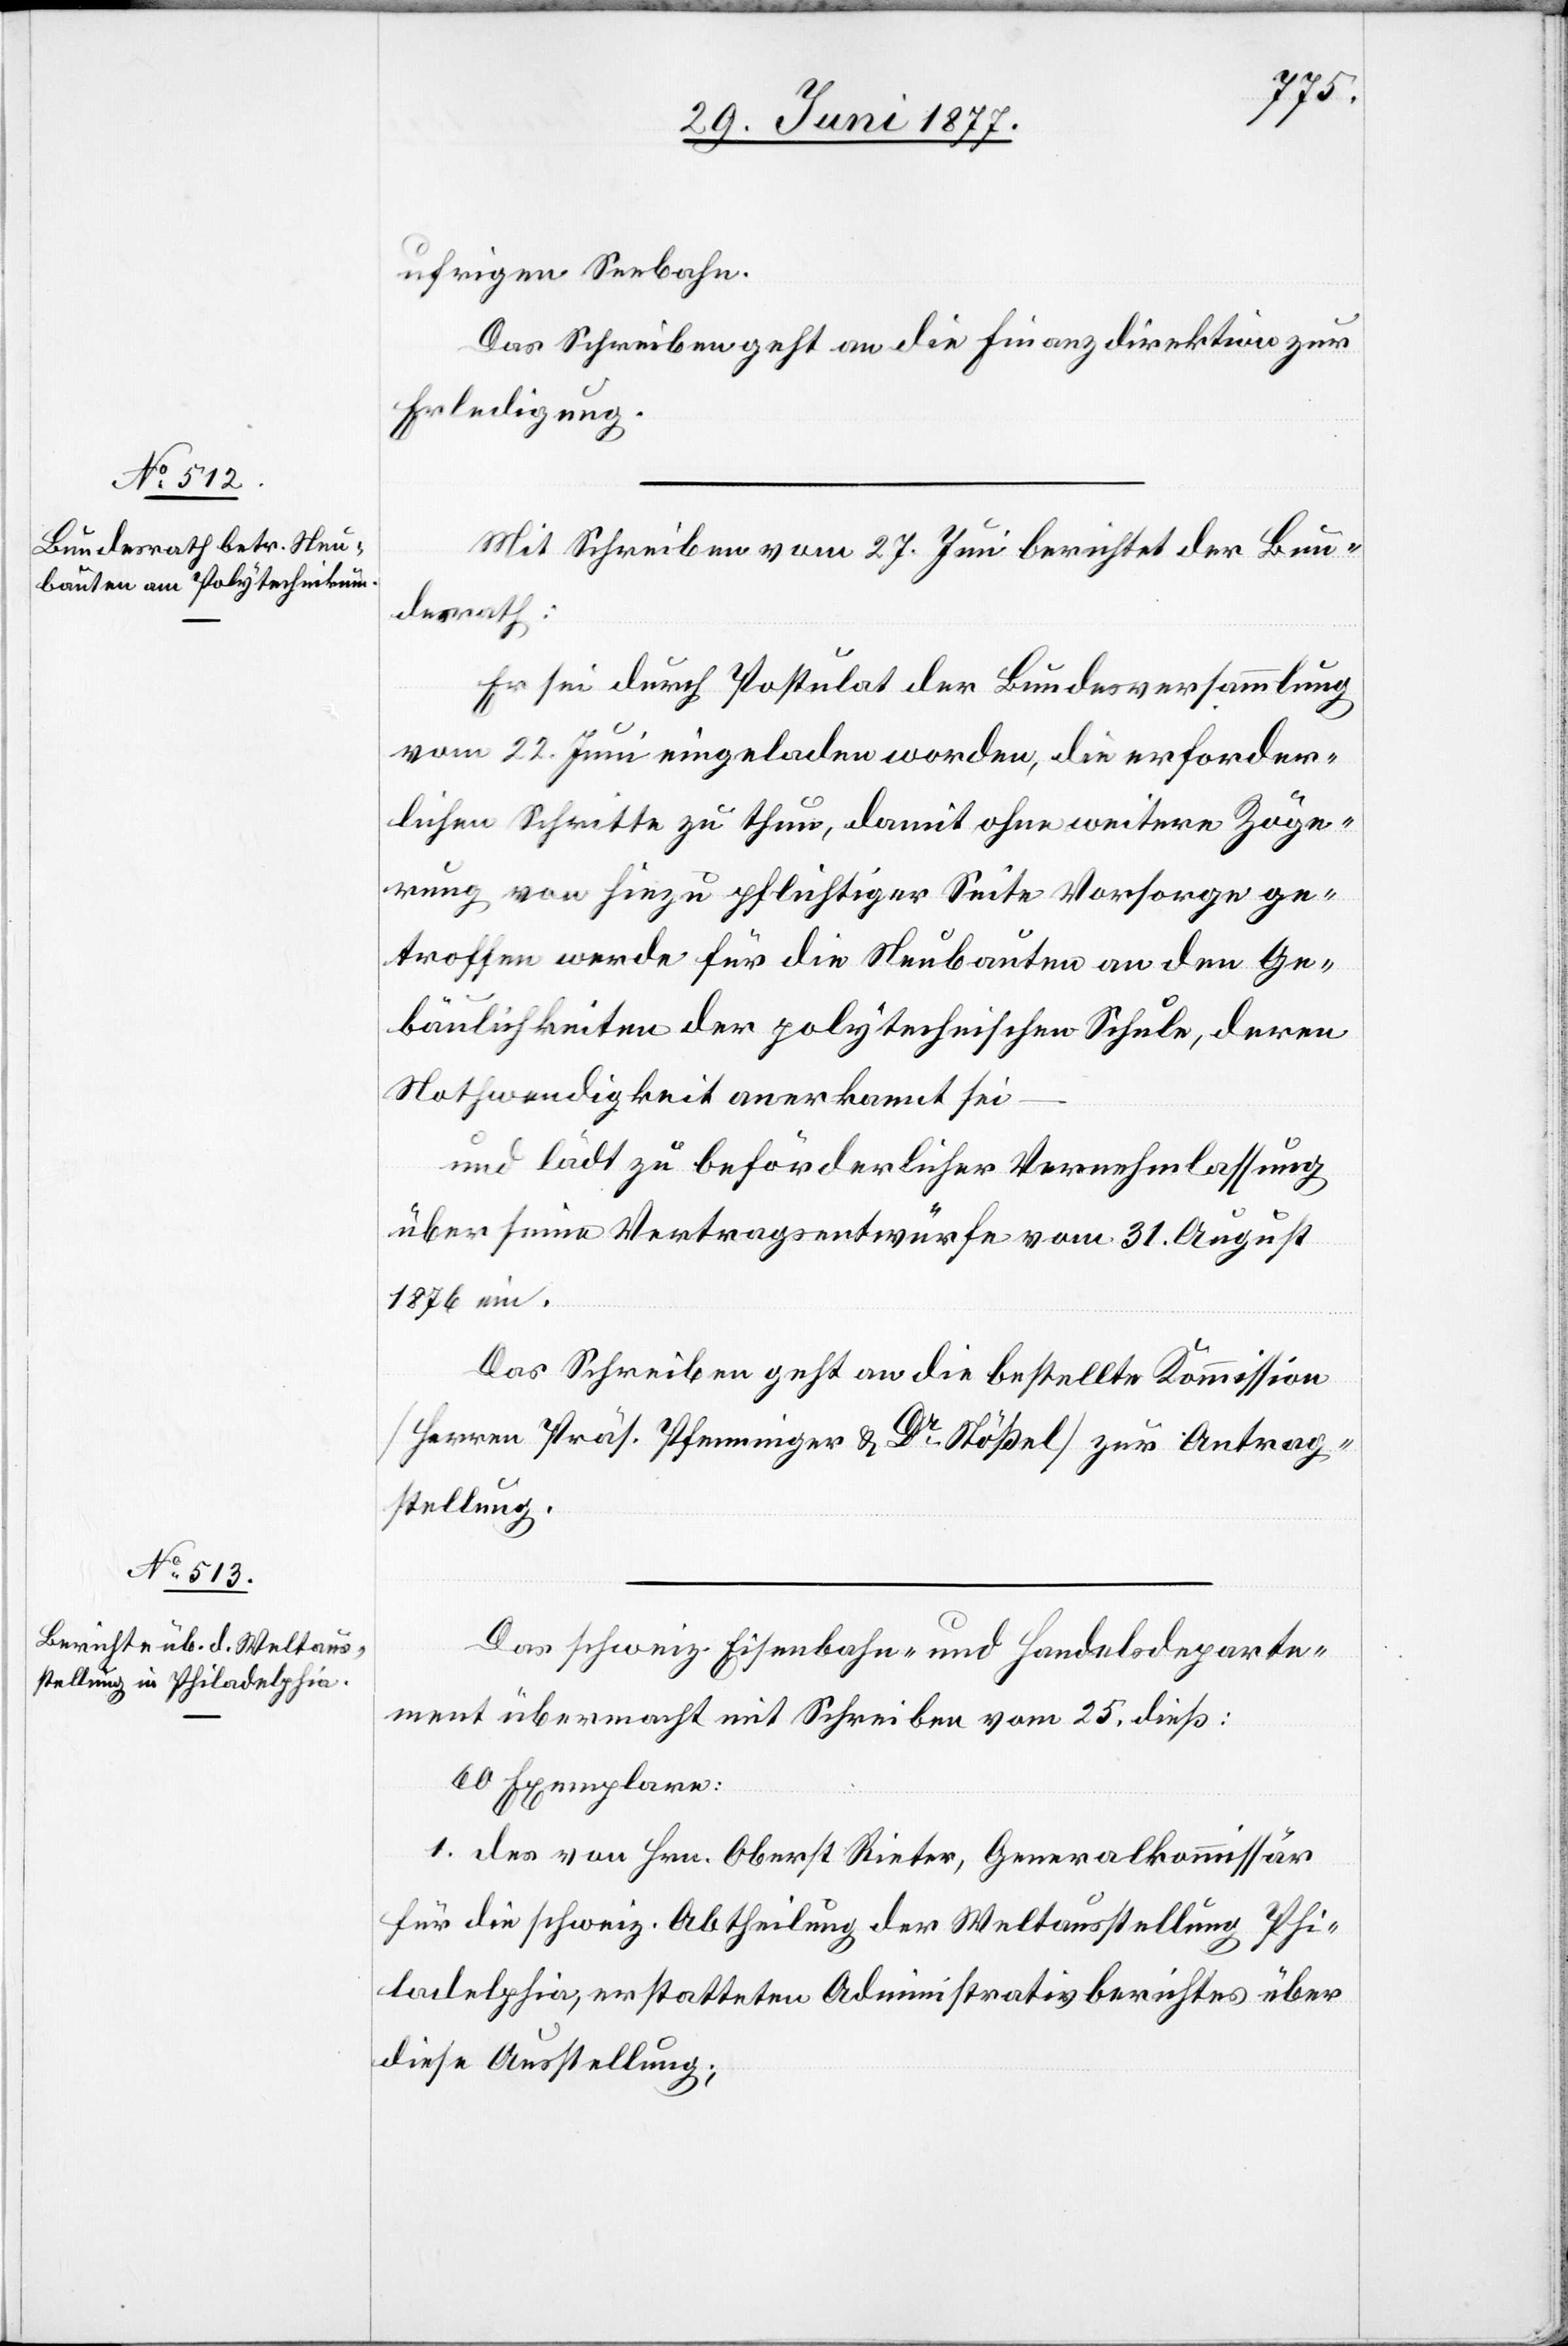
ufrigen Seebahn.
Das Schreiben geht an die Finanzdirektion zur
Erledigung.
Mit Schreiben vom 27. Juni berichtet der Bun¬
desrath:
Er sei durch Postulat der Bundesversammlung
vom 22. Juni eingeladen worden, die erforder¬
lichen Schritte zu thun, damit ohne weitere Zöge¬
rung von hiezu pflichtiger Seite Vorsorge ge¬
troffen werde für die Neubauten an den Ge¬
bäulichkeiten der polytechnischen Schule, deren
Nothwendigkeit anerkannt sei
und lädt zu beförderlicher Vernehmlassung
über seine Vertragsentwürfe vom 31. August
1876 ein.
Das Schreiben geht an die bestellte Kommission
[Herren Präs. Pfenninger & Dr Stößel] zur Antrag¬
stellung.
Das schweiz. Eisenbahn- und Handelsdeparte¬
ment übermacht mit Schreiben vom 25. dieß:
60 Exemplare:
1. des von Hrn. Oberst Rieter, Generalkommissär
für die schweiz. Abtheilung der Weltausstellung Phi¬
ladelphia, erstatteten Administrativberichtes über
diese Ausstellung;